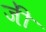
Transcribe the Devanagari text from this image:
जीे